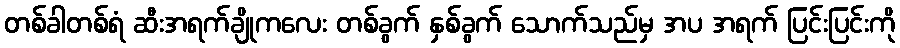
တစ်ခါတစ်ရံ ဆီးအရက်ချိုကလေး တစ်ခွက် နှစ်ခွက် သောက်သည်မှ အပ အရက် ပြင်းပြင်းကို